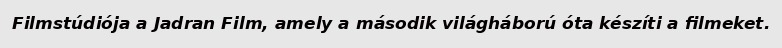
Filmstúdiója a Jadran Film, amely a második világháború óta készíti a filmeket.